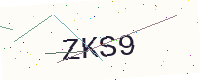
Text: ZKS9